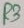
Text: R3